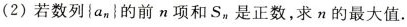
(2)若数列\left\{a_{n}\right\}的前n项和 S_{n}是正数，求n的最大值。